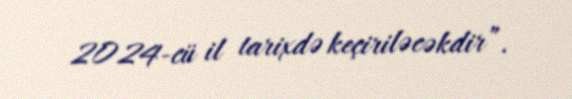
2024-cü il tarixdə keçiriləcəkdir”.